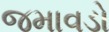
જમાવડો